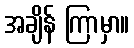
အချိန် ကြာမှာ။